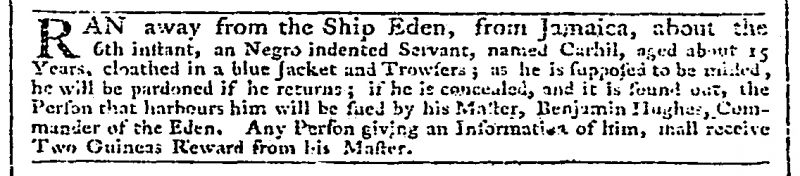
Daily Advertiser, 20 November 1776 (England)
RAN away from the Ship Eden, from Jamaica, about the 6th instant, an Negro indented Servant, named Carhil, aged about 15 Years, cloathed in a blue Jacket and Trowsers; as he is supposed to be misled, he will be pardoned if he returns; if he is concealed, and it is found out, the Person that harbours him will be sued by his Master, Benjamin Hughes, Commander of the Eden. Any Person giving an Information of him, shall receive Two Guineas Reward from his Master.